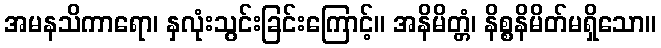
အမနသိကာရော၊ နှလုံးသွင်းခြင်းကြောင့်။ အနိမိတ္တံ၊ နိစ္စနိမိတ်မရှိသော။